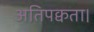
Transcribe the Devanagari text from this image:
अतिपक्वता।